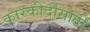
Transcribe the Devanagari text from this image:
कारकीर्दीसाठी